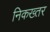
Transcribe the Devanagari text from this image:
निकख्तर